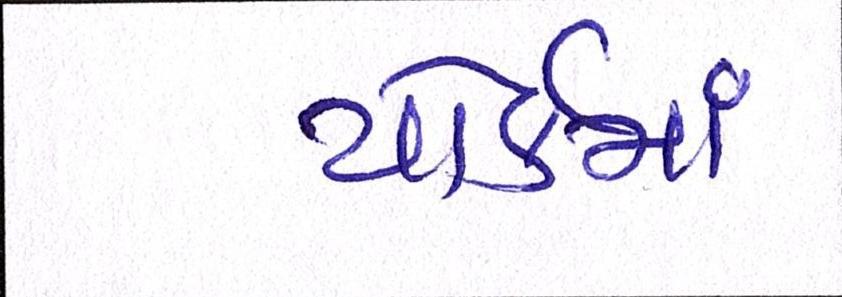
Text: યોર્કમાં